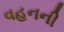
વહનની